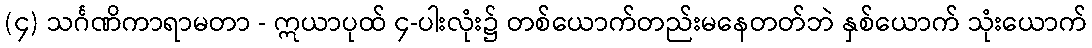
(၄) သင်္ဂဏိကာရာမတာ - ဣယာပုထ် ၄-ပါးလုံး၌ တစ်ယောက်တည်းမနေတတ်ဘဲ နှစ်ယောက် သုံးယောက်